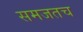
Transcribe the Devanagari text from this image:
समजतच